Annual report on the working of the Harcourt Butler Institute of Public Health, Rangoon
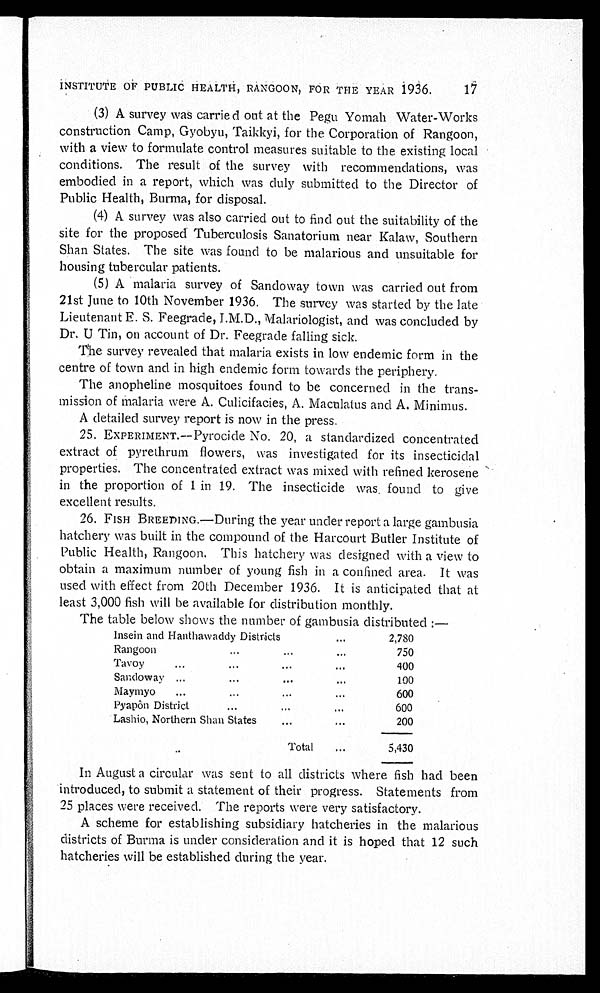
INSTITUTE OF PUBLIC HEALTH, RANGOON, FOR THE YEAR 1936.
(3) A survey was carried out at the Pegu Yomah Water-Works
construction Camp, Gyobyu, Taikkyi, for the Corporation of Rangoon,
with a view to formulate control measures suitable to the existing local
conditions. The result of the survey with recommendations, was
embodied in a report, which was duly submitted to the Director of
Public Health, Burma, for disposal.
(4) A survey was also carried out to find out the suitability of the
site for the proposed Tuberculosis Sanatorium near Kalaw, Southern
Shan States. The site was found to be malarious and unsuitable for
housing tubercular patients.
(5) A malaria survey of Sandoway town was carried out from
21st June to 10th November 1936. The survey was started by the late
Lieutenant E. S. Feegrade, I.M.D., Malariologist, and was concluded by
Dr. U Tin, on account of Dr. Feegrade falling sick.
The survey revealed that malaria exists in low endemic form in the
centre of town and in high endemic form towards the periphery.
The anopheline mosquitoes found to be concerned in the trans
-mission of malaria were A. Culicifacies, A. Maculatus and A. Minimus.
A detailed survey report is now in the press.
25. EXPERIMENT.—Pyrocide No. 20, a standardized concentrated
extract of pyrethrum flowers, was investigated for its insecticidal
properties. The concentrated extract was mixed with refined kerosene
in the proportion of 1 in 19. The insecticide was found to give
excellent results.
26. FISH BREEDING.—During the year under report a large gambusia
atchery was built in the compound of the Harcourt Butler Institute of
Public Health, Rangoon. This hatchery was designed with a view to
obtain a maximum number of young fish in a confined area. It was
used with effect from 20th December 1936. It is anticipated that at
least 3,000 fish will be available for distribution monthly.
The table below shows the number of gambusia distributed :—
Insein and Hanthawaddy Districts . . .
2 , 7 8 0
R an g oon . . .
7 5 0
Tavoy . . .
400
Sandoway . . .
100
Maymyo . . .
600
Pyapôn District . . .
6 0 0
Lashio, Northern Shan States . . .
200
Total . . .
5,430
In August a circular was sent to all districts where fish had been
introduced, to submit a statement of their progress. Statements from
25 places were received. The reports were very satisfactory.
A scheme for establishing subsidiary hatcheries in the malarious
districts of Burma is under consideration and it is hoped that 12 such
hatcheries will be established during the year.